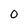
Character: 0